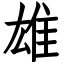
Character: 雄